Sanitation, dispensaries and jails vaccination Rajputana 1922-1927 - 1922-1927
Year: 1922
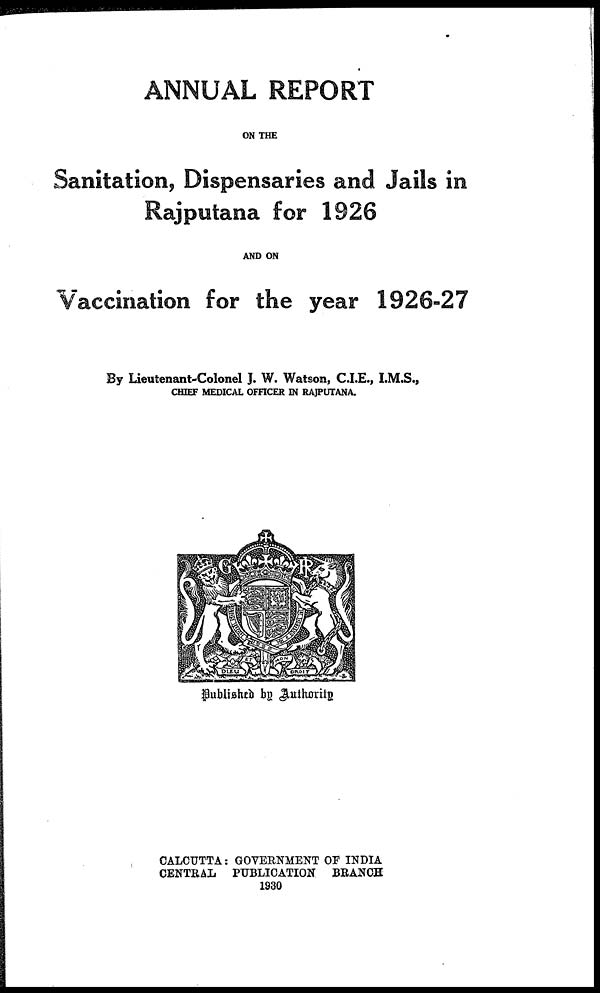
ANNUAL REPORT
ON THE
Sanitation, Dispensaries and Jails in
Rajputana for 1926
AND ON
Vaccination for the year 1926-27
By Lieutenant-Colonel J. W. Watson, C.I.E., I.M.S.,
CHIEF MEDICAL OFFICER IN RAJPUTANA.
Published by Authority
CALCUTTA: GOVERNMENT OF INDIA
CENTRAL PUBLICATION
BRANCH
1930